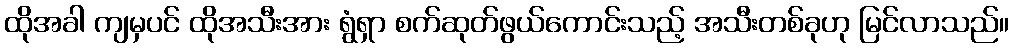
ထိုအခါ ကျမှပင် ထိုအသီးအား ရွံရှာ စက်ဆုတ်ဖွယ်ကောင်းသည့် အသီးတစ်ခုဟု မြင်လာသည်။